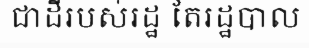
ជាដីរបស់រដ្ឋ តែរដ្ឋបាល